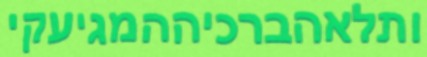
ותלאהברכיההמגיעקי